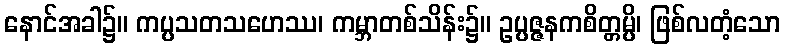
နောင်အခါ၌။ ကပ္ပသတသဟေဿ၊ ကမ္ဘာတစ်သိန်း၌။ ဥပ္ပဇ္ဇနကစိတ္တမ္ပိ၊ ဖြစ်လတံ့သော